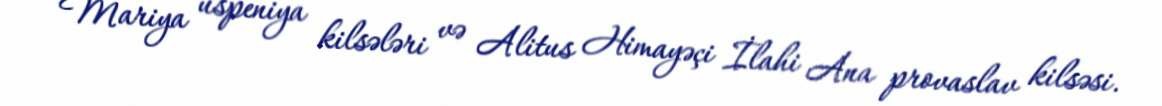
Mariya uspeniya kilsələri və Alitus Himayəçi İlahi Ana provaslav kilsəsi.